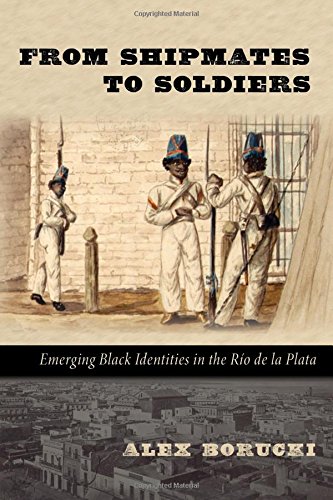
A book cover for From Shipmates to Soldiers: Emerging Black Identities in the RÃ­o de la Plata (DiÃ¡logos Series); Alex Borucki; History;